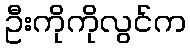
ဦးကိုကိုလွင်က